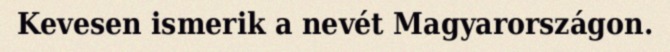
Kevesen ismerik a nevét Magyarországon.